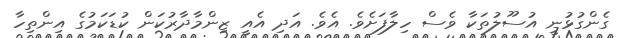
ގެންގުޅުނީ އުސޫލުތަކާ ވެސް ހިލާފަށެވެ. އެވެ. އަދި އެއީ ޒިންމާދާރުކަން ކުޑަކަމުގެ އިންތިހާ